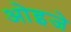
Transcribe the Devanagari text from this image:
ओइजे